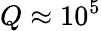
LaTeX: Q\approx 10^{5}